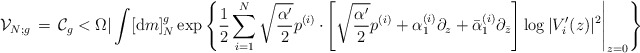
\begin{align*}{\cal V}_{N;g}\, =\, {\cal C}_{g} < \Omega| \int [ {\mbox d} m]^{g}_{N}\exp \left\{\frac{1}{2} \sum_{i=1}^{N} \sqrt{\frac{\alpha'}{2}} p^{(i)} \cdot\left.\! \left[ \sqrt{\frac{\alpha'}{2}} p^{(i)} + {\alpha}_{1}^{(i)} \partial_{z}+ \bar{\alpha}_{1}^{(i)} \partial_{\bar{z}} \right] \log |V'_{i}(z)|^2\right|_{z=0} \right\}\end{align*}